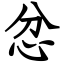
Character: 忿